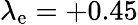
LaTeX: \lambda_{\mathrm{e}}=+0.45